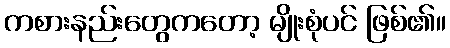
ကစားနည်းတွေကတော့ မျိုးစုံပင် ဖြစ်၏။